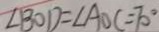
\angle B O D = \angle A O C = 7 0 ^ { \circ }